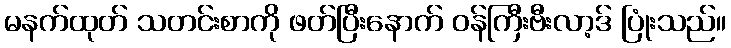
မနက်ထုတ် သတင်းစာကို ဖတ်ပြီးနောက် ဝန်ကြီးဗီးလာ့ဒ် ပြုံးသည်။